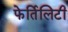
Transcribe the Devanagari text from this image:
फेर्तिलिटी